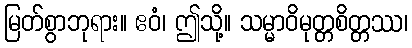
မြတ်စွာဘုရား။ ဧဝံ၊ ဤသို့။ သမ္မာဝိမုတ္တစိတ္တဿ၊